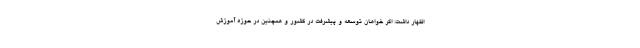
اظهار داشت: اگر خواهان توسعه و پیشرفت در کشور و همچنین در حوزه آموزش